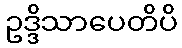
ဥဒ္ဒိသာပေတိပိ